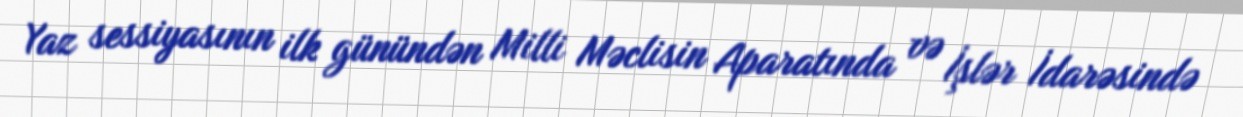
Yaz sessiyasının ilk günündən Milli Məclisin Aparatında və İşlər İdarəsində